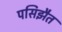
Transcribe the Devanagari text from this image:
पसिझैत